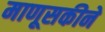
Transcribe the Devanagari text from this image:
माणूसकीने